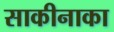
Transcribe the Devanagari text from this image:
साकीनाका